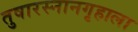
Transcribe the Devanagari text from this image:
तुषारस्नानगृहाला